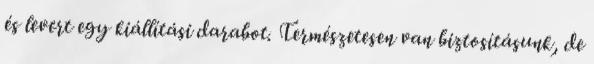
és levert egy kiállítási darabot. Természetesen van biztosításunk, de